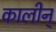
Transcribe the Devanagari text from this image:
कालीन्